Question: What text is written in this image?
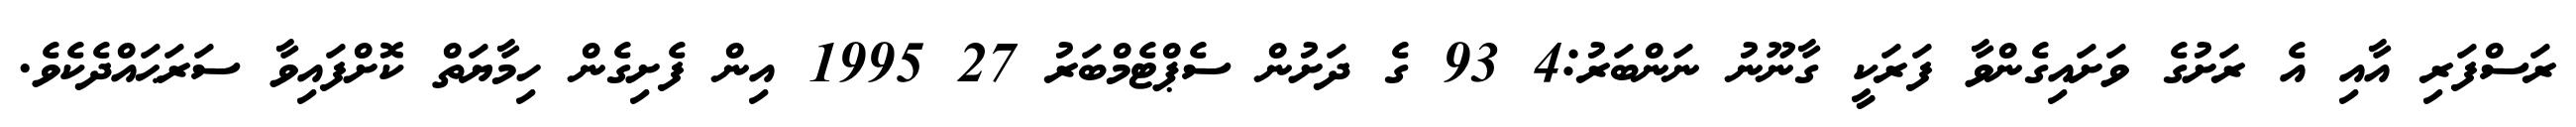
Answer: ރަސްފަރި އާއި އެ ރަށުގެ ވަށައިގެންވާ ފަރަކީ ގާނޫނު ނަންބަރު:4 93 ގެ ދަށުން ސެޕްޓެމްބަރު 27 1995 އިން ފެށިގެން ހިމާޔަތް ކޮށްފައިވާ ސަރަޙައްދެކެވެ.